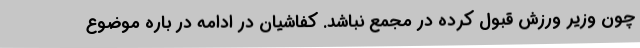
چون وزیر ورزش قبول کرده در مجمع نباشد. کفاشیان در ادامه در باره موضوع